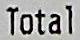
TOTAL